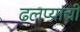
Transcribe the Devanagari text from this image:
ढलप्यांची